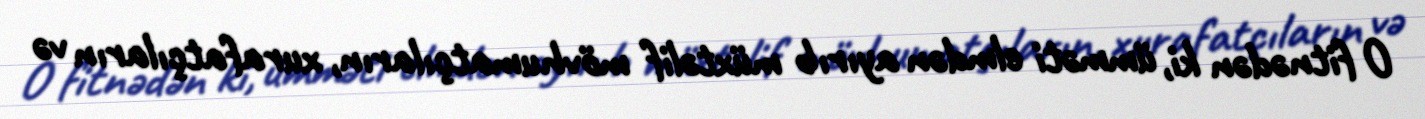
O fitnədən ki, ümməti elmdən ayırıb müxtəlif mövhumatçıların, xurafatçıların və